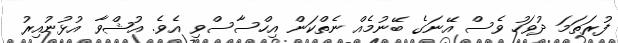
ފުރަތަމަ ދުވަހު ވެސް އޭނަގެ ބޭނުމެއް ނެތްކަން އިހްސާސްވި އެވެ. އުޝްވާ އުޅުނުއިރު